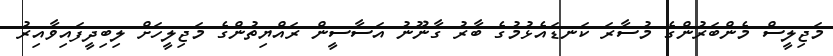
މަޖިލީސް މެންބަރުންގެ މުސާރަ ކަނޑައެޅުމުގެ ބާރު ގާނޫނު އަސާސީން ރައްޔިތުންގެ މަޖިލީހަށް ލިބިދީފައިވާއިރު